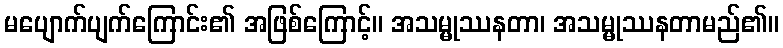
မပျောက်ပျက်ကြောင်း၏ အဖြစ်ကြောင့်။ အသမ္မုဿနတာ၊ အသမ္မုဿနတာမည်၏။